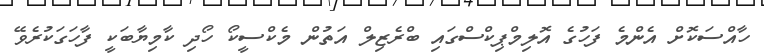
ހާއްސަކޮށް އެންމެ ފަހުގެ އޮލިމްޕިކްސްގައި ބްރެޒިލް އަތުން މެކްސީކޯ ހޯދި ކާމިޔާބަކީ ފާހަގަކުރެވޭ